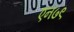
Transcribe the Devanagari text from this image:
एन७९